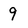
Character: 9